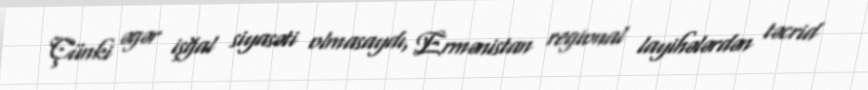
Çünki əgər işğal siyasəti olmasaydı, Ermənistan regional layihələrdən təcrid